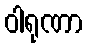
ဝါရုဏာ